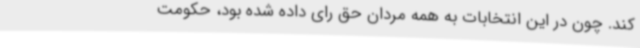
کند. چون در این انتخابات به همه مردان حق رای داده شده بود، حکومت